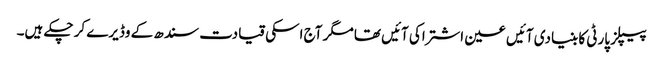
پیپلز پارٹی کا بنیادی آئیں عین اشتراکی آئیں تھا مگر آج اسکی قیادت سندھ کے وڈیرے کر چکے ہیں۔